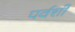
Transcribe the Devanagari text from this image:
पर्वर्शी